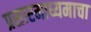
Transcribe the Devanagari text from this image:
प्रसारमाध्यमाचा